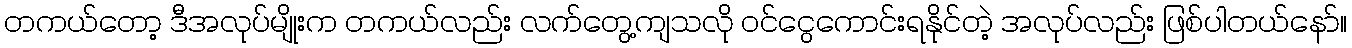
တကယ်တော့ ဒီအလုပ်မျိုးက တကယ်လည်း လက်တွေ့ကျသလို ဝင်ငွေကောင်းရနိုင်တဲ့ အလုပ်လည်း ဖြစ်ပါတယ်နော်။